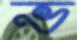
ভ